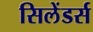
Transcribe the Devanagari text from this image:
सिलेंडर्स